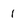
Character: 1